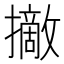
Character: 𢸑